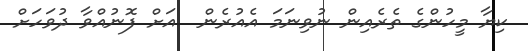
ކިޔާ މީހުންގެ ތެރެއިން ނުވިނަމަ އެއުރެން  އަށް ފޮނުއްވާ ދުވަހަށް